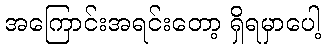
အကြောင်းအရင်းတော့ ရှိရမှာပေါ့